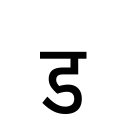
OCR:
ड